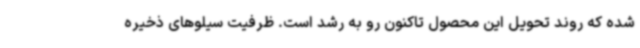
شده که روند تحویل این محصول تاکنون رو به رشد است. ظرفیت سیلوهای ذخیره